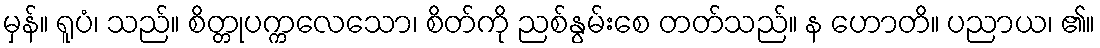
မှန်။ ရူပံ၊ သည်။ စိတ္တုပက္ကလေသော၊ စိတ်ကို ညစ်နွမ်းစေ တတ်သည်။ န ဟောတိ။ ပညာယ၊ ၏။